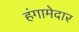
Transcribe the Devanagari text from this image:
हंगामेदार